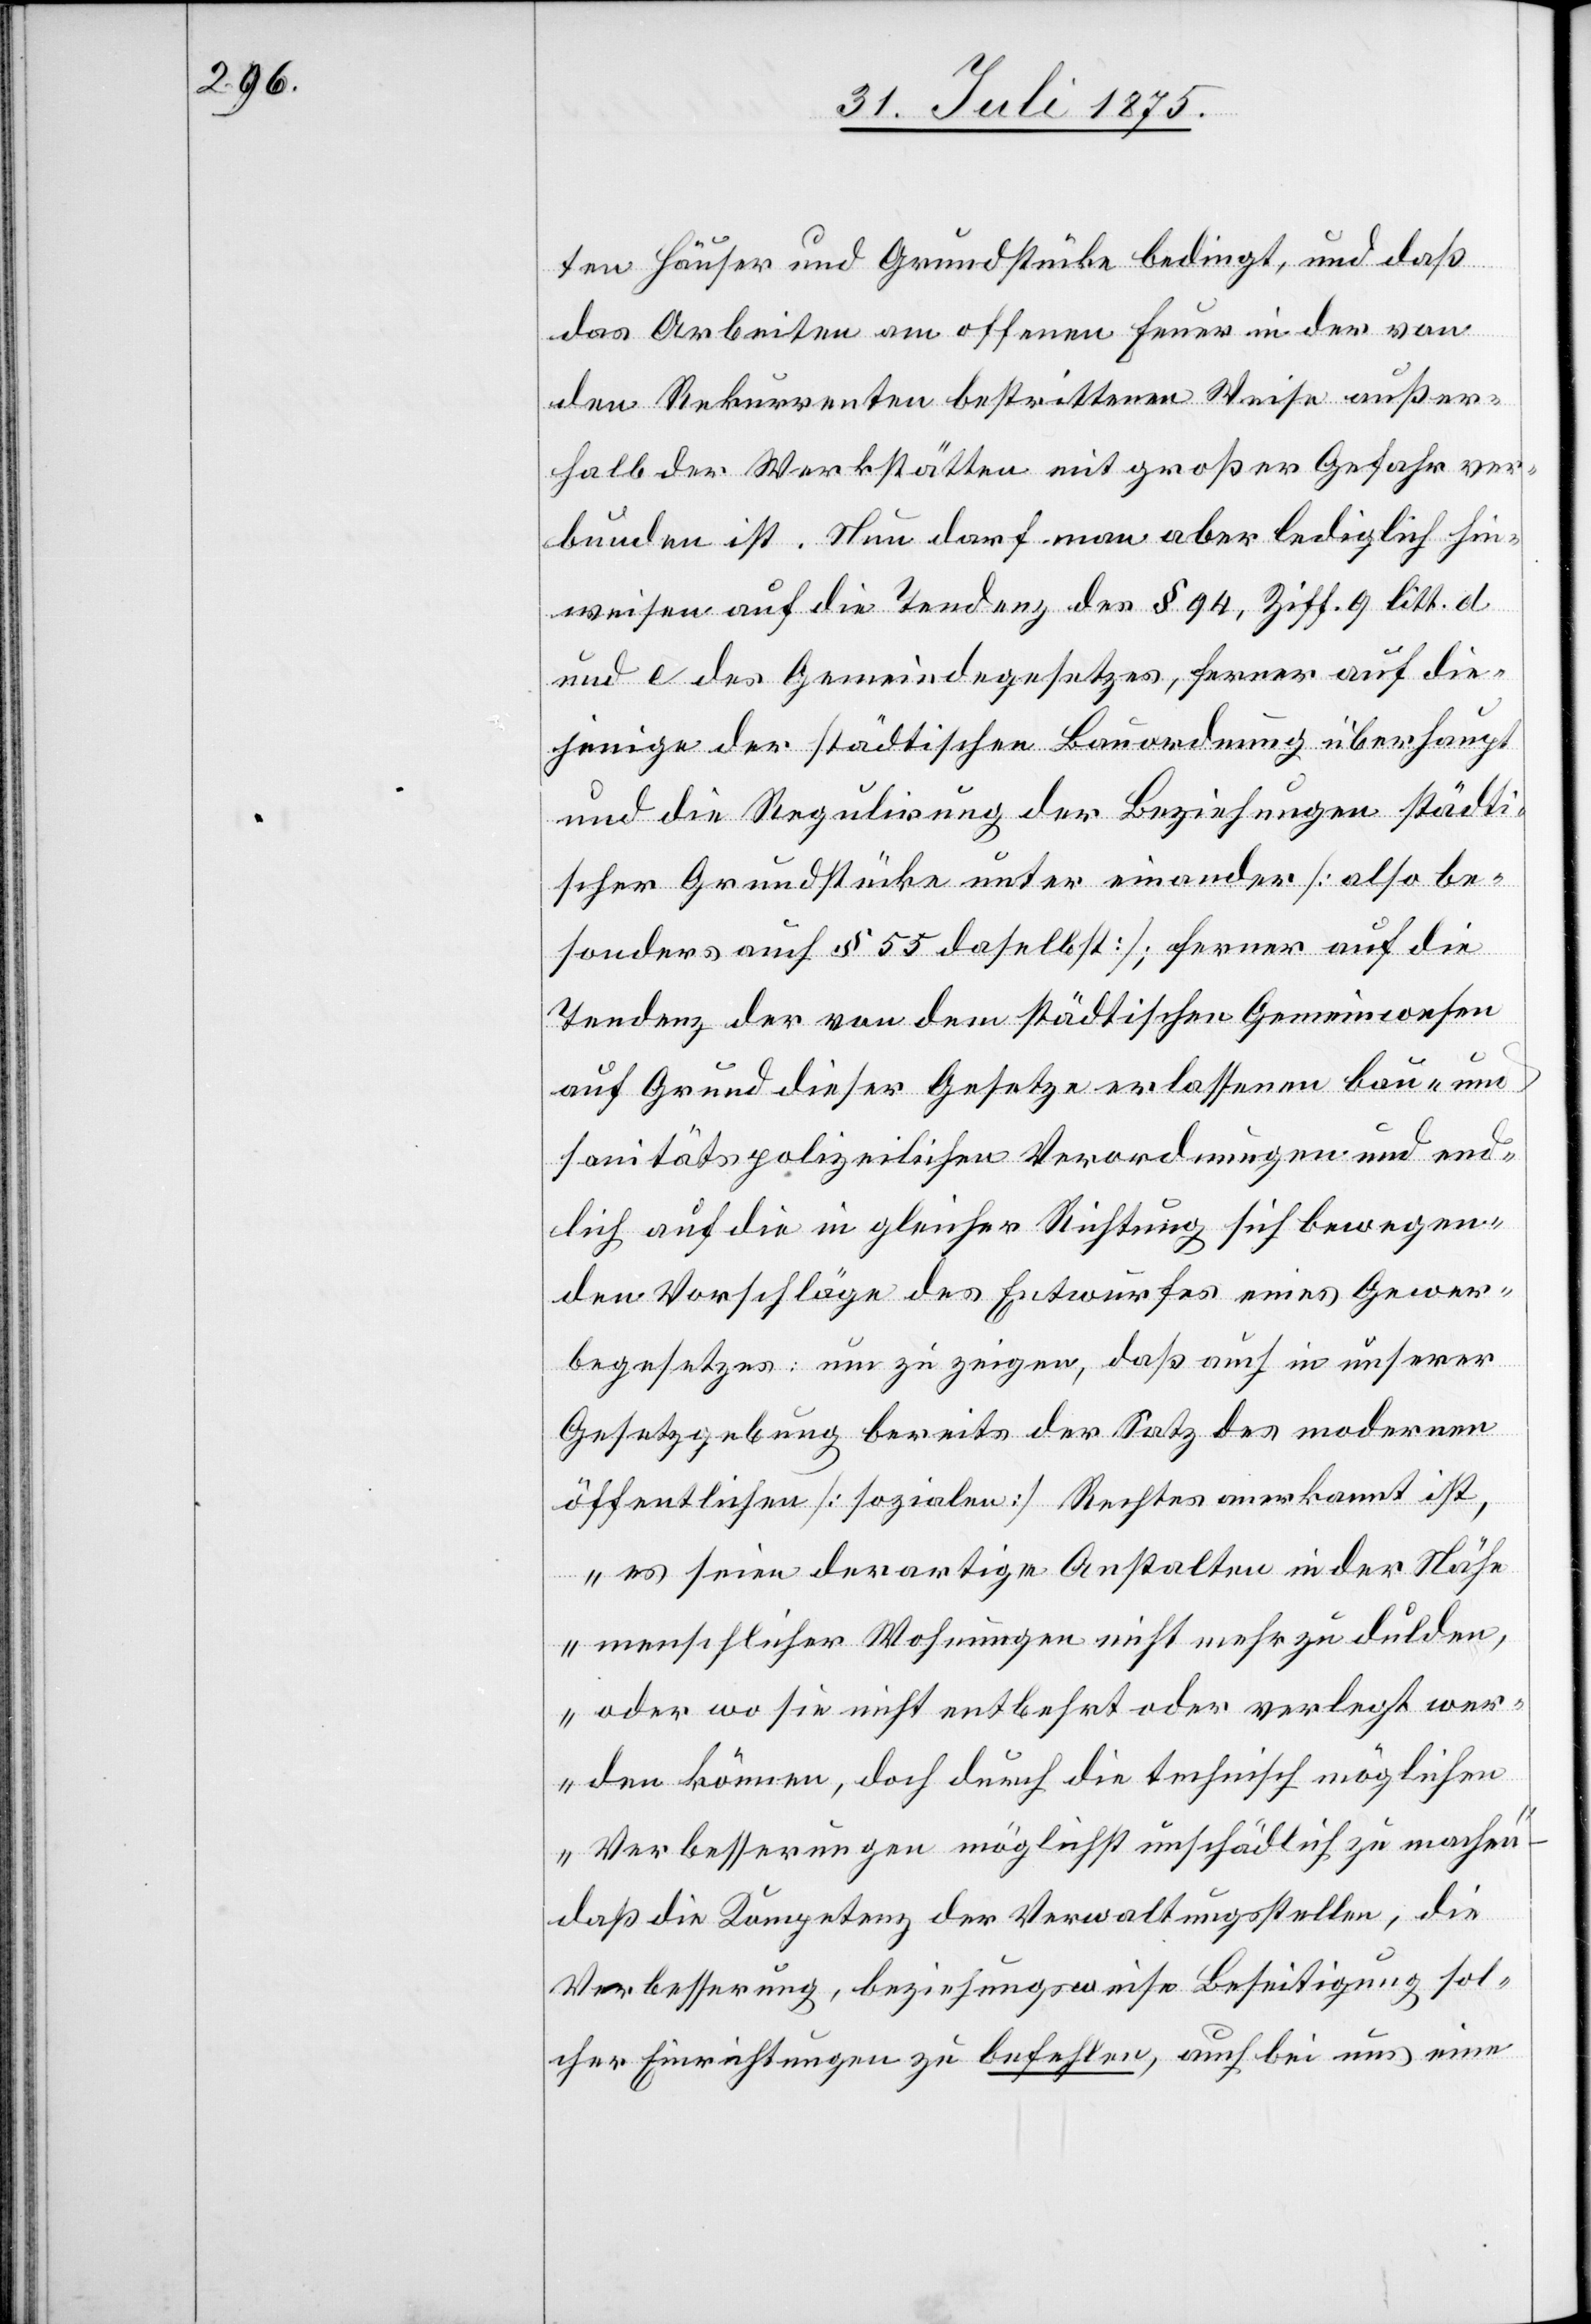
ten Häuser und Grundstücke bedingt, und daß
das Arbeiten am offenen Feuer in der von
den Rekurrenten bestrittenen Weise außer¬
halb der Werkstätten mit großer Gefahr ver¬
bunden ist. Nun darf man aber lediglich hin¬
weisen auf die Tendenz des § 94, Ziff. 9 litt. d.
und e des Gemeindegesetzes, ferner auf die¬
jenige der städtischen Bauordnung überhaupt
und die Regulirung der Beziehungen städti¬
scher Grundstücke unter einander [also be¬
sonders auch § 55 daselbst]; ferner auf die
Tendenz der von dem städtischen Gemeinwesen
auf Grund dieser Gesetze erlassenen bau- und
sanitätspolizeilichen Verordnungen und end¬
lich auf die in gleicher Richtung sich bewegen¬
den Vorschläge des Entwurfes eines Gewer¬
begesetzes: um zu zeigen, daß auch in unserer
Gesetzgebung bereits der Satz des modernen
öffentlichen [sozialen] Rechtes anerkannt ist,
es seien derartige Anstalten in der Nähe
menschlicher Wohnungen nicht mehr zu dulden,
oder wo sie nicht entbehrt oder verlegt wer¬
den können, doch durch die technisch möglichen
Verbesserungen möglichst unschädlich zu machen
das die Kompetent der Verwaltungsstellen, die
Verbesserung, beziehungsweise Beseitigung sol¬
cher Einrichtungen zu befehlen, auch bei uns eine